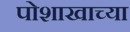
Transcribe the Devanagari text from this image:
पोशाखाच्या